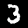
Label: 3